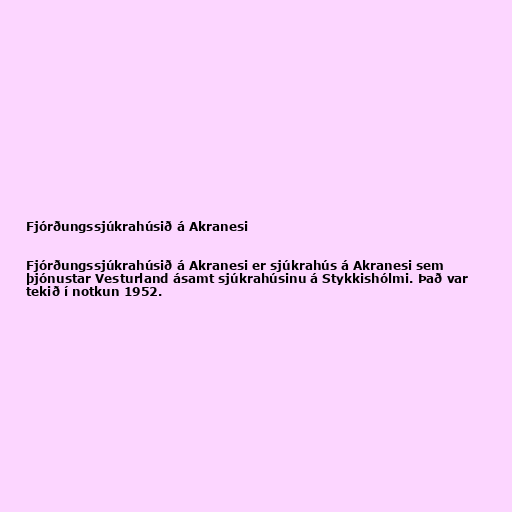
Fjórðungssjúkrahúsið á Akranesi

Fjórðungssjúkrahúsið á Akranesi er sjúkrahús á Akranesi sem
þjónustar Vesturland ásamt sjúkrahúsinu á Stykkishólmi. Það var
tekið í notkun 1952.